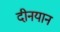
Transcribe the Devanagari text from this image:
दीनयान